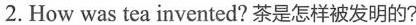
2.How was tea invented?茶是怎样被发明的?